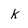
Character: k